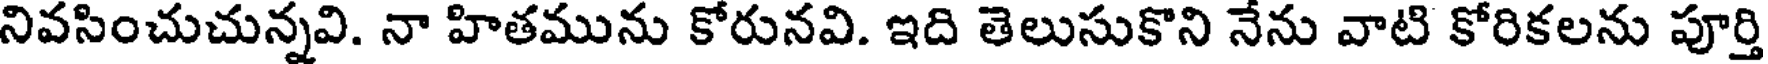
నివసించుచున్నవి. నా హితమును కోరునవి. ఇది తెలుసుకొని నేను వాటి కోరికలను పూర్తి